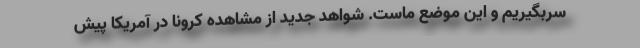
سربگیریم و این موضع ماست. شواهد جدید از مشاهده کرونا در آمریکا پیش